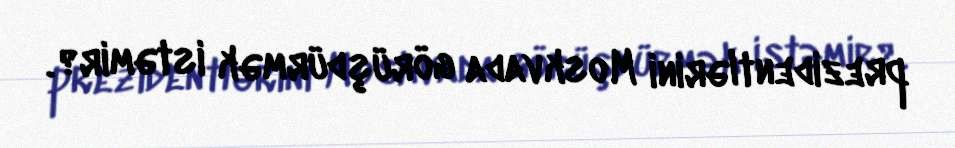
prezidentlərini Moskvada görüşdürmək istəmir?.